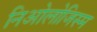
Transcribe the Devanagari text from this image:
निओलोजिस्म